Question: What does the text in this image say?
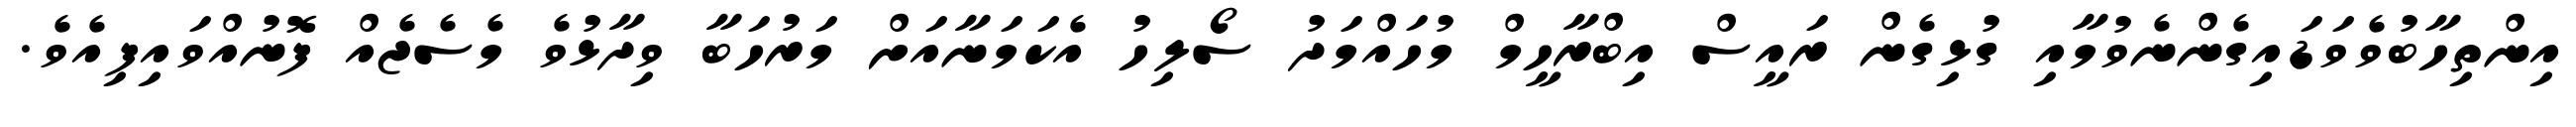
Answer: އިންތިހާބުވެވަޑައިގެންނެވުމާއި ގުޅިގެން ރައީސް އިބްރާހީމް މުހައްމަދު ސޯލިހު އެކަމަނާއަށް މަރުހަބާ ވިދާޅުވެ މެސެޖެއް ފޮނުއްވައިފިއެވެ.